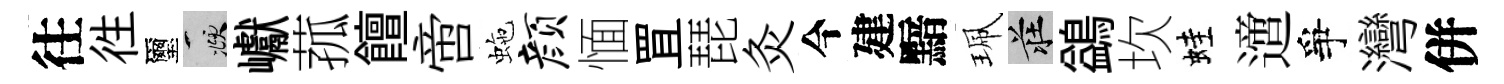
往徃璽頫巘菰饘啻虵颜愐罝琵灸今建黯珮莊鷁坎蛙𨗁爭灣併